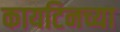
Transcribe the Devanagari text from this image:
कायटिनच्या